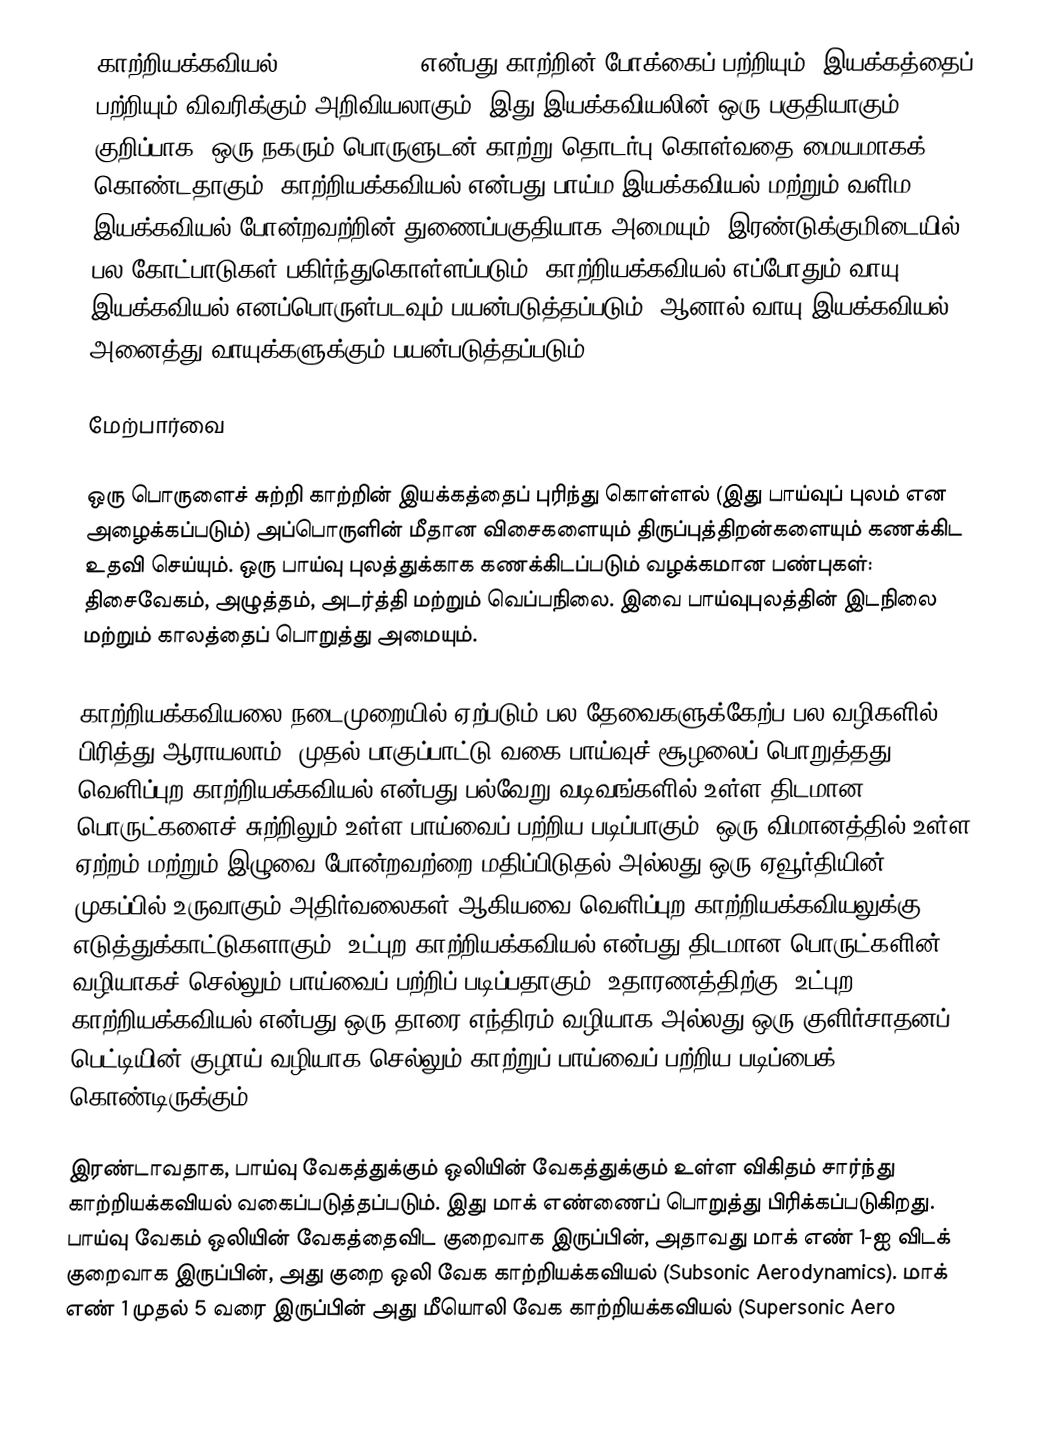
காற்றியக்கவியல் (Aerodynamics) என்பது காற்றின் போக்கைப் பற்றியும், இயக்கத்தைப் பற்றியும் விவரிக்கும் அறிவியலாகும். இது இயக்கவியலின் ஒரு பகுதியாகும். குறிப்பாக, ஒரு நகரும் பொருளுடன் காற்று தொடர்பு கொள்வதை மையமாகக் கொண்டதாகும். காற்றியக்கவியல் என்பது பாய்ம இயக்கவியல் மற்றும் வளிம இயக்கவியல் போன்றவற்றின் துணைப்பகுதியாக அமையும், இரண்டுக்குமிடையில் பல கோட்பாடுகள் பகிர்ந்துகொள்ளப்படும். காற்றியக்கவியல் எப்போதும் வாயு இயக்கவியல் எனப்பொருள்படவும் பயன்படுத்தப்படும், ஆனால் வாயு இயக்கவியல் அனைத்து வாயுக்களுக்கும் பயன்படுத்தப்படும்.

மேற்பார்வை

ஒரு பொருளைச் சுற்றி காற்றின் இயக்கத்தைப் புரிந்து கொள்ளல் (இது பாய்வுப் புலம் என அழைக்கப்படும்) அப்பொருளின் மீதான விசைகளையும் திருப்புத்திறன்களையும் கணக்கிட உதவி செய்யும். ஒரு பாய்வு புலத்துக்காக கணக்கிடப்படும் வழக்கமான பண்புகள்: திசைவேகம், அழுத்தம், அடர்த்தி மற்றும் வெப்பநிலை.  இவை பாய்வுபுலத்தின் இடநிலை மற்றும் காலத்தைப் பொறுத்து அமையும்.

காற்றியக்கவியலை நடைமுறையில் ஏற்படும் பல தேவைகளுக்கேற்ப பல வழிகளில் பிரித்து ஆராயலாம். முதல் பாகுப்பாட்டு வகை பாய்வுச் சூழலைப் பொறுத்தது. வெளிப்புற  காற்றியக்கவியல் என்பது பல்வேறு வடிவங்களில் உள்ள திடமான பொருட்களைச் சுற்றிலும் உள்ள பாய்வைப் பற்றிய படிப்பாகும். ஒரு விமானத்தில் உள்ள ஏற்றம் மற்றும் இழுவை போன்றவற்றை மதிப்பிடுதல் அல்லது ஒரு ஏவூர்தியின் முகப்பில் உருவாகும் அதிர்வலைகள் ஆகியவை வெளிப்புற காற்றியக்கவியலுக்கு எடுத்துக்காட்டுகளாகும். உட்புற  காற்றியக்கவியல் என்பது திடமான பொருட்களின் வழியாகச் செல்லும் பாய்வைப் பற்றிப் படிப்பதாகும். உதாரணத்திற்கு, உட்புற காற்றியக்கவியல் என்பது ஒரு தாரை எந்திரம் வழியாக அல்லது ஒரு குளிர்சாதனப் பெட்டியின் குழாய் வழியாக செல்லும் காற்றுப் பாய்வைப் பற்றிய படிப்பைக் கொண்டிருக்கும்.

இரண்டாவதாக, பாய்வு வேகத்துக்கும் ஒலியின் வேகத்துக்கும் உள்ள விகிதம் சார்ந்து காற்றியக்கவியல் வகைப்படுத்தப்படும்.  இது மாக் எண்ணைப் பொறுத்து பிரிக்கப்படுகிறது.  பாய்வு வேகம் ஒலியின் வேகத்தைவிட குறைவாக இருப்பின், அதாவது மாக் எண் 1-ஐ விடக் குறைவாக இருப்பின், அது குறை ஒலி வேக காற்றியக்கவியல் (Subsonic Aerodynamics).  மாக் எண் 1 முதல் 5 வரை இருப்பின் அது மீயொலி வேக காற்றியக்கவியல் (Supersonic Aero